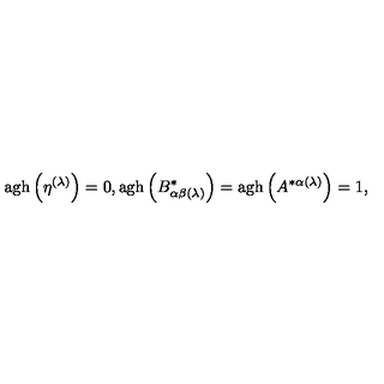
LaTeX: \mathrm { a g h } \left( \eta ^ { ( \lambda ) } \right) = 0 , \mathrm { a g h } \left( B _ { \alpha \beta ( \lambda ) } ^ { * } \right) = \mathrm { a g h } \left( A ^ { * \alpha ( \lambda ) } \right) = 1 ,